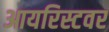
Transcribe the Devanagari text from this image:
आयरिस्टवर